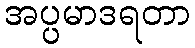
အပ္ပမာဒရတာ